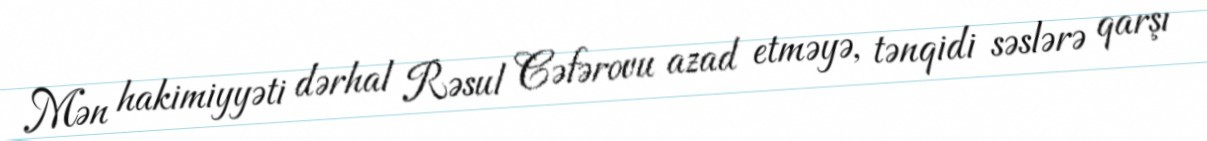
Mən hakimiyyəti dərhal Rəsul Cəfərovu azad etməyə, tənqidi səslərə qarşı